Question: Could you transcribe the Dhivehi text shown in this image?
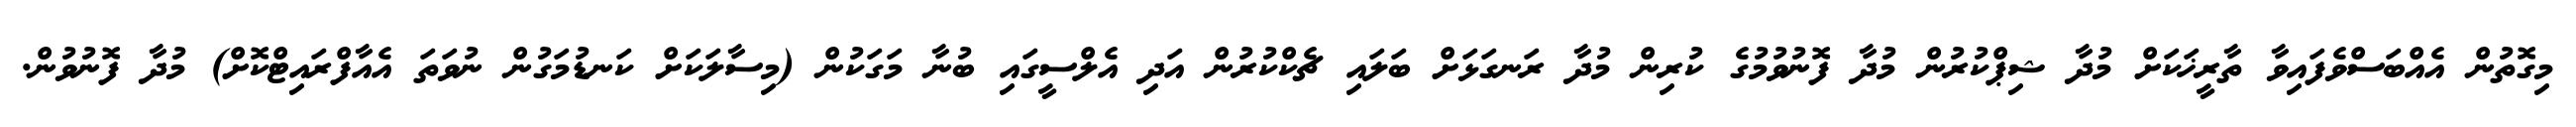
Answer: މިގޮތުން އެއްބަސްވެފައިވާ ތާރީޚަކަށް މުދާ ޝިޕްކުރުން މުދާ ފޮނުވުމުގެ ކުރިން މުދާ ރަނގަޅަށް ބަލައި ޗެކްކުރުން އަދި އެލްސީގައި ބުނާ މަގަކުން (މިސާލަކަށް ކަނޑުމަގުން ނުވަތަ އެއާފްރައިޓްކޮށް) މުދާ ފޮނުވުން.